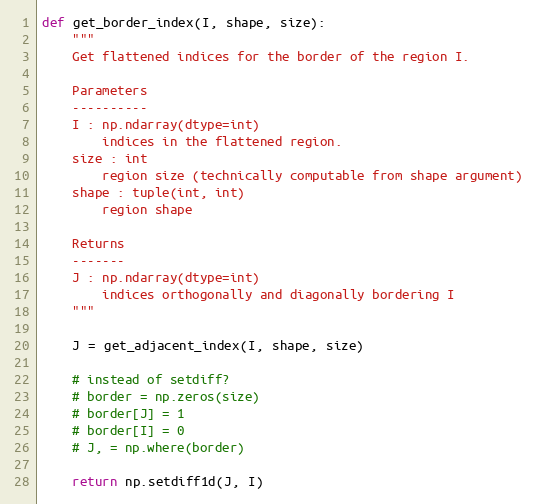
Language: Python
def get_border_index(I, shape, size):
    """
    Get flattened indices for the border of the region I.

    Parameters
    ----------
    I : np.ndarray(dtype=int)
        indices in the flattened region.
    size : int
        region size (technically computable from shape argument)
    shape : tuple(int, int)
        region shape

    Returns
    -------
    J : np.ndarray(dtype=int)
        indices orthogonally and diagonally bordering I
    """

    J = get_adjacent_index(I, shape, size)

    # instead of setdiff?
    # border = np.zeros(size)
    # border[J] = 1
    # border[I] = 0
    # J, = np.where(border)

    return np.setdiff1d(J, I)